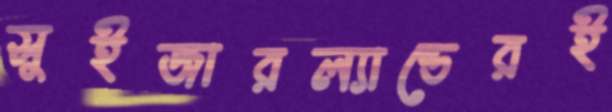
সুইজারল্যান্ডেরই